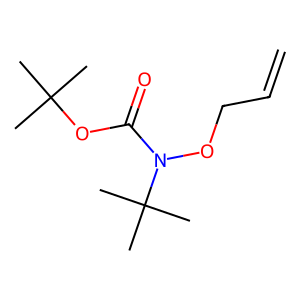
SMILES: C=CCON(C(=O)OC(C)(C)C)C(C)(C)C
Inhibits HIV replication: No